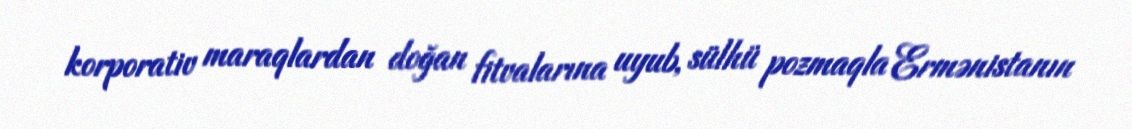
korporativ maraqlardan doğan fitvalarına uyub, sülhü pozmaqla Ermənistanın